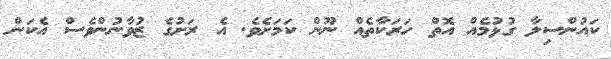
ކައުންސިލާ ގުޅުމެއް އޮތް ހަރަކާތެއް ނޫން ކަމަށެވެ. އެ ރަށުގެ ޒުވާނުންވެސް އެކަން